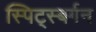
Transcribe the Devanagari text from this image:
स्पिट्स्बर्गन